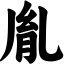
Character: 胤